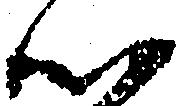
心